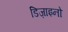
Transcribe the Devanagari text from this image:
डिज़ाइनो